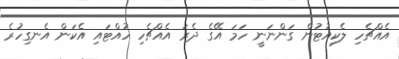
އެއްޗެހި ލެކިއުޓުން ގަންނަނީ ހަމަ އޭގެ ދެރަ އެއްޗެހި ހުއްޓައި އެކަން އެނގިހުރެ